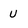
Character: u